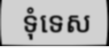
ទុំទេស